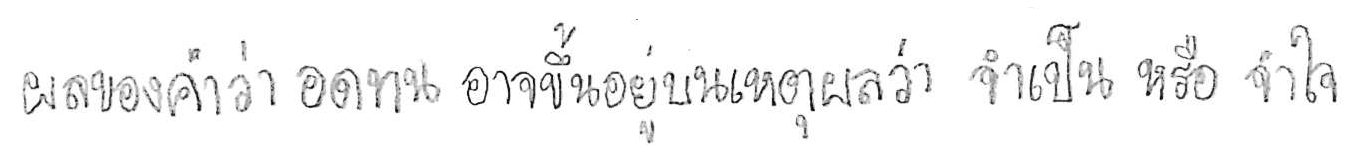
ผลของคำว่า อดทน อาจขึ้นอยู่บนเหตุผลว่า จำเป็น หรือ จำใจ